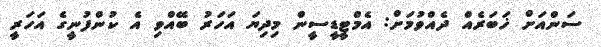
ސަންއަށް ޚަބަރެއް ދެއްވުމަށް: އެމްޓީޑީސީން މިދިޔަ އަހަރު ބޭއްވި އެ ކުންފުނީގެ އަހަރީ